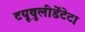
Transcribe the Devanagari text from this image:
टयूबुलीडेंटेटा